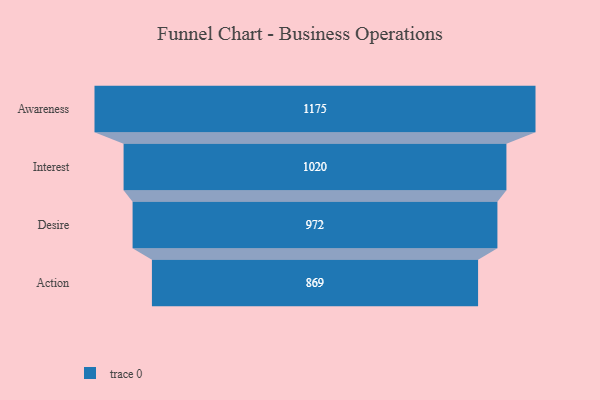
{"axis": {"x": "Stage", "y": "Value"}, "legend": [""], "data": [{"x": "Awareness", "y": 1175.0, "type": ""}, {"x": "Interest", "y": 1020.0, "type": ""}, {"x": "Desire", "y": 972.0, "type": ""}, {"x": "Action", "y": 869.0, "type": ""}]}